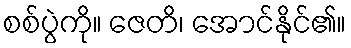
စစ်ပွဲကို။ ဇေတိ၊ အောင်နိုင်၏။